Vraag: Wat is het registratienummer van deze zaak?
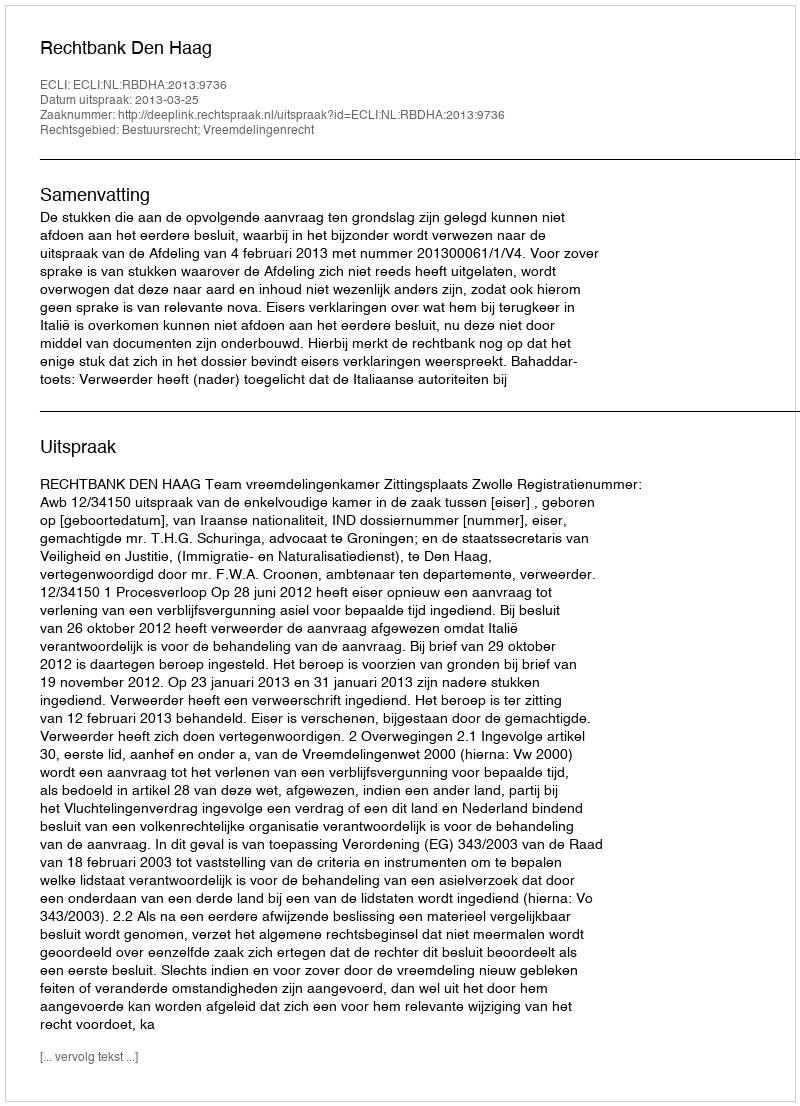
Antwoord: http://deeplink.rechtspraak.nl/uitspraak?id=ECLI:NL:RBDHA:2013:9736